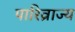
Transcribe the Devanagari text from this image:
पारिव्राज्य